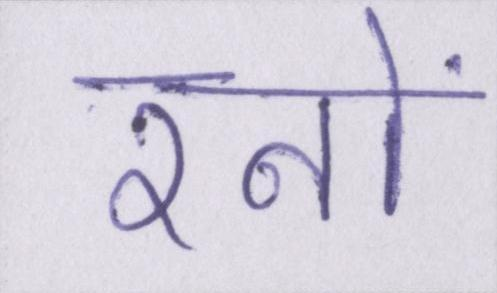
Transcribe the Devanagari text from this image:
रनों